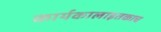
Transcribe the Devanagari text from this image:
कार्यकालाइतकाच